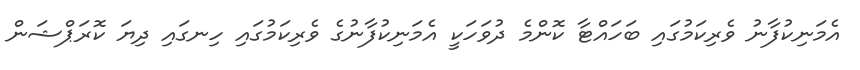
އެމަނިކުފާނު ވެރިކަމުގައި ބަހައްޓާ ކޮންމެ ދުވަހަކީ އެމަނިކުފާނުގެ ވެރިކަމުގައި ހިނގައި ދިޔަ ކޮރަޕްޝަން